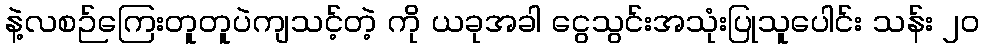
နဲ့လစဉ်ကြေးတူတူပဲကျသင့်တဲ့ ကို ယခုအခါ ငွေသွင်းအသုံးပြုသူပေါင်း သန်း ၂၀